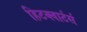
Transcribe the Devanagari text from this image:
हिटक्वार्टर्स